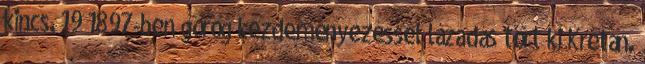
kincs. 19 1897-ben görög kezdeményezéssel lázadás tört ki Krétán.